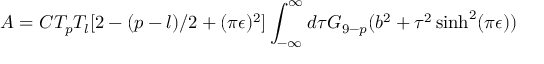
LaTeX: A = C T _ { p } T _ { l } [ 2 - ( p - l ) / 2 + ( \pi \epsilon ) ^ { 2 } ] \int _ { - \infty } ^ { \infty } d \tau G _ { 9 - p } ( b ^ { 2 } + \tau ^ { 2 } \sinh ^ { 2 } ( \pi \epsilon ) )